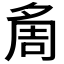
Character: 𭐷